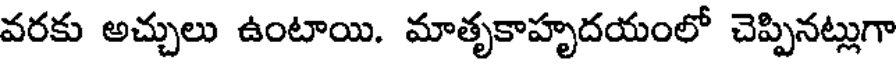
వరకు అచ్చులు ఉంటాయి. మాతృకాహృదయంలో చెప్పినట్లుగా